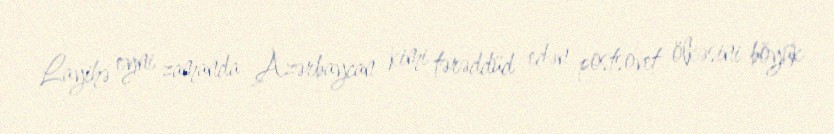
Layihə eyni zamanda Azərbaycan kimi tərəddüd edən postsovet ölkəsini böyük